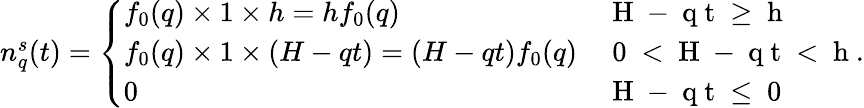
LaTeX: \begin{array}{r}{n_{q}^{s}(t)=\left\{ \begin{array}{ll}{f_{0}(q)\times 1\times h=hf_{0}(q)}&{\mathrm{~H~-~q~t~\geq~h~}}\\ {f_{0}(q)\times 1\times(H-qt)=(H-qt)f_{0}(q)}&{\mathrm{~0~<~H~-~q~t~<~h~}}\\ {0}&{\mathrm{~H~-~q~t~\leq~0~}}\end{array}\right..}\end{array}